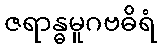
ဇရာန္ဓမူဂဗဓိရံ